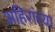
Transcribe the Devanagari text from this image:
अहिरांच्या